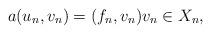
LaTeX: \begin{align*}a(u_n, v_n)=(f_n,v_n) v_n \in X_n,\end{align*}